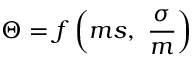
\Theta = f \left( m s , \ { \frac { \sigma } { m } } \right)